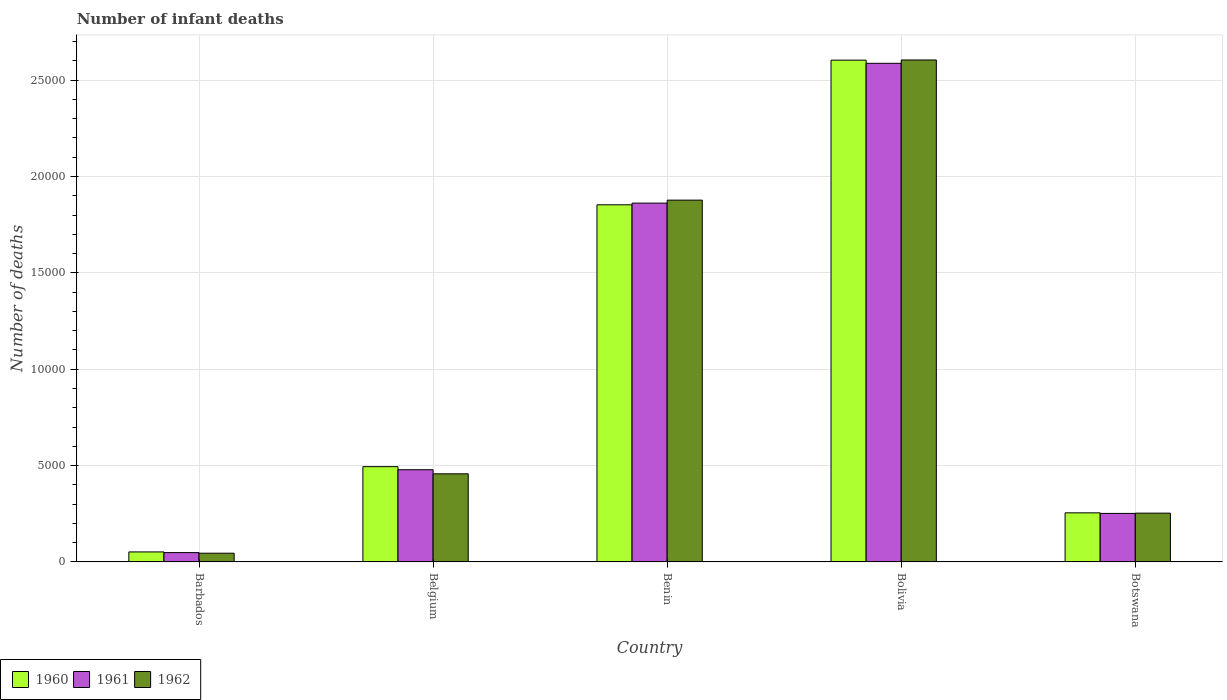
| Country | 1960 | 1961 | 1962 |
 | --- | --- | --- | --- |
 | Barbados | 518 | 483 | 451 |
 | Belgium | 4.94e+03 | 4.78e+03 | 4.57e+03 |
 | Benin | 1.85e+04 | 1.86e+04 | 1.88e+04 |
 | Bolivia | 2.6e+04 | 2.59e+04 | 2.6e+04 |
 | Botswana | 2.55e+03 | 2.52e+03 | 2.53e+03 |